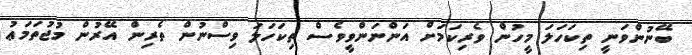
ބޭނުންވަނީ ތިކަހަލަ މީހުން ވެރިކަމަށް އަންނަންވީވެސް ތިކަހަލަ ވިސްނުން ތެރިން އޭރުން މުޖުތަމަޢު